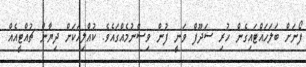
ފޯނަށް ބަލަހައްޓައިގެން ހުރި ސަދޫފް ވަނީ ފުން ވިސްނުމެއްގައެވެ. ކުއްލިއަކަށް ދިޔާން ޗުއްޓީއެއް